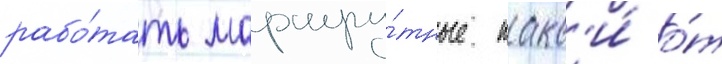
рабо́тать маршру́тные такс'и́ о́т